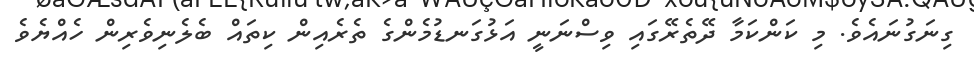
ގިނަގުނައެވެ. މި ކަންކަމާ ދޭތެރޭގައި ވިސްނަނީ އަޅުގަނޑުމެންގެ ތެރެއިން ކިތައް ބެލެނިވެރިން ހެއްޔެވެ